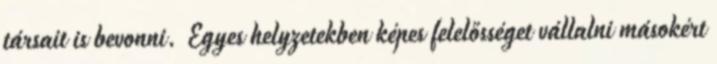
társait is bevonni. Egyes helyzetekben képes felelősséget vállalni másokért